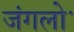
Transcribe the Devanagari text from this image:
जंगलोॱ